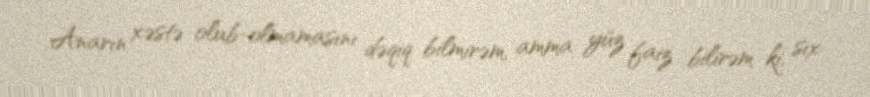
Anarın xəstə olub-olmamasını dəqiq bilmirəm, amma yüz faiz bilirəm ki, sıx